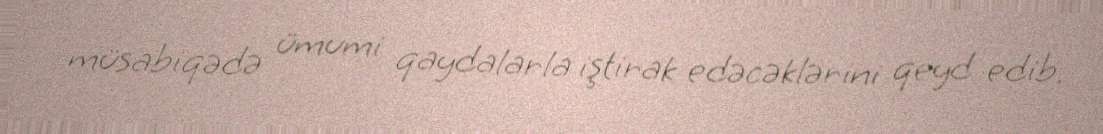
müsabiqədə ümumi qaydalarla iştirak edəcəklərini qeyd edib.